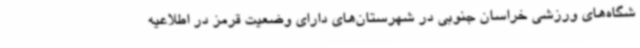
شگاه‌های ورزشی خراسان جنوبی در شهرستان‌های دارای وضعیت قرمز در اطلاعیه